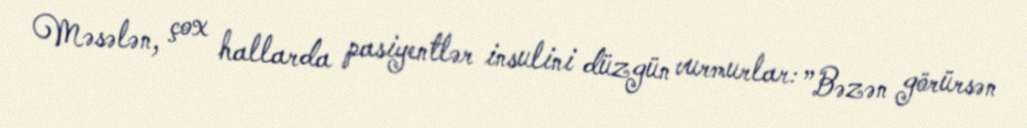
Məsələn, çox hallarda pasiyentlər insulini düzgün vurmurlar: ”Bəzən görürsən